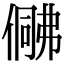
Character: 𠍟